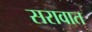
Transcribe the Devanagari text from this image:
सरावात